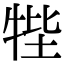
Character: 𤙞